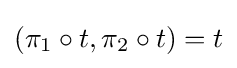
(\pi _{1}\circ t,\pi _{2}\circ t)=t